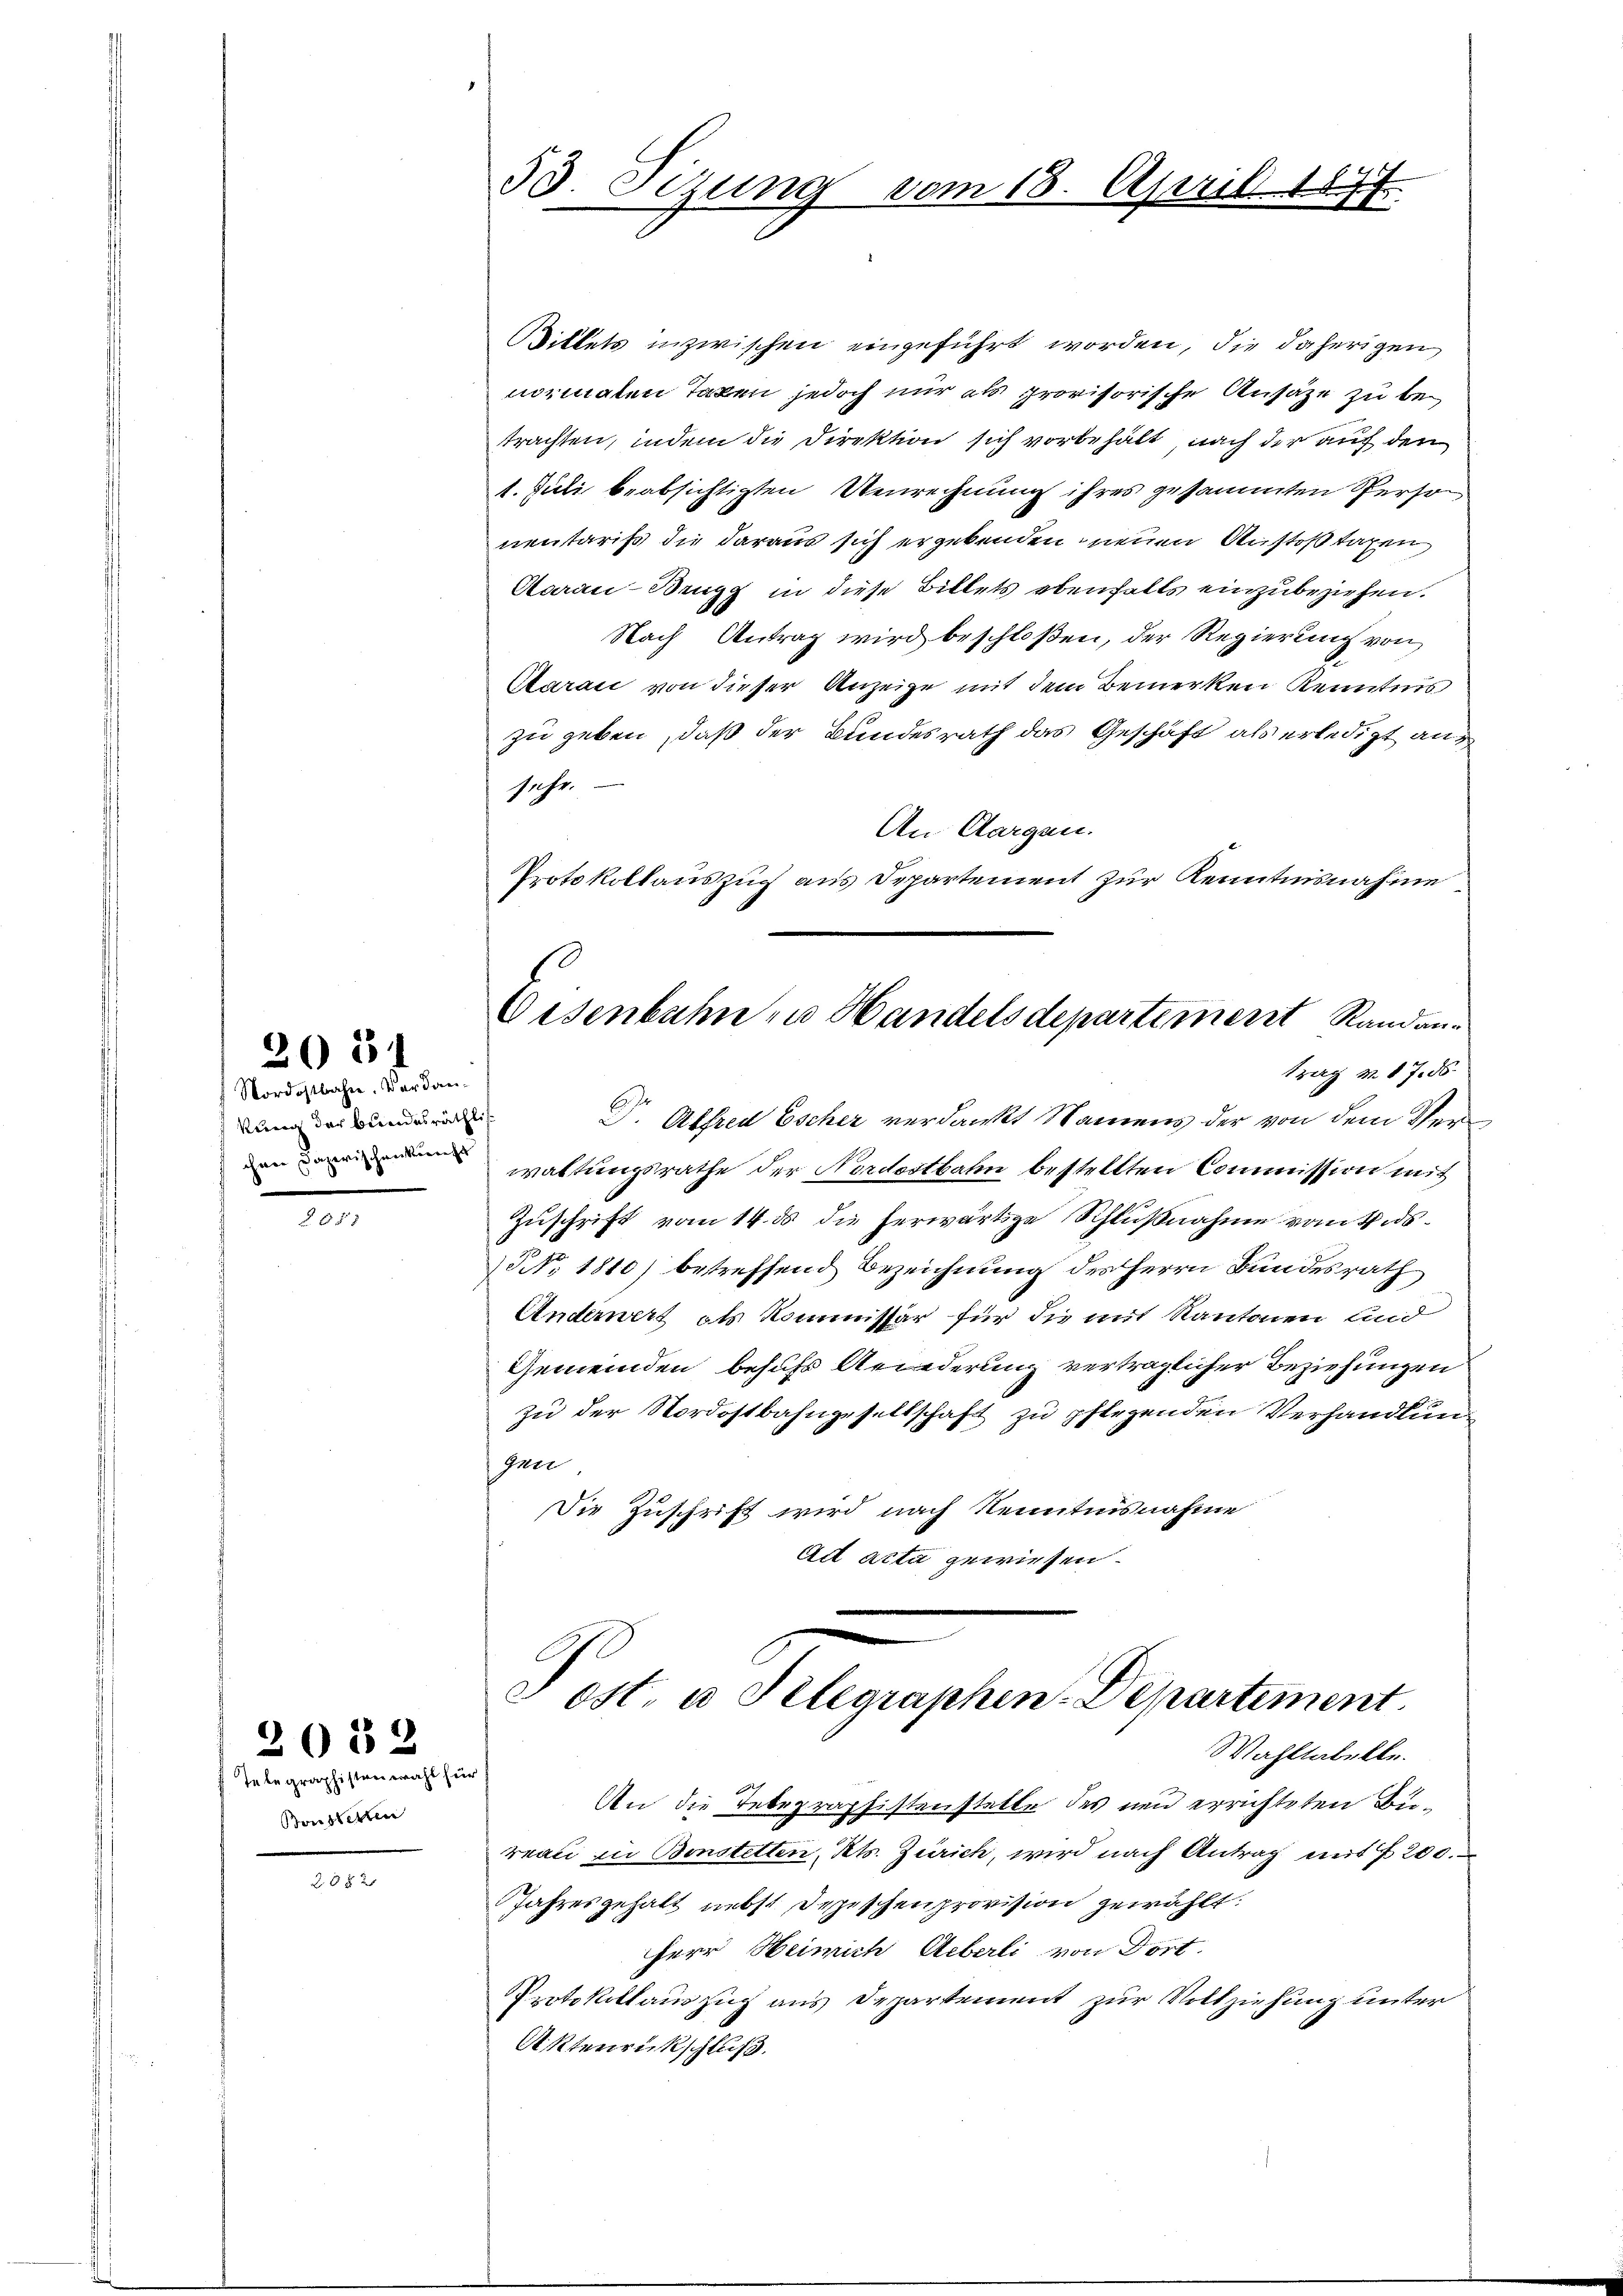
2051

Nordostbahre. Verdankung der bundesräthlich.

Telegraphistenwahl für
Bonderten

2052

21 x

Bittels inzwischen eingeführt worden, die daherigen
normaten Taxen jedoch nur als provisorische Ansäze zu betrachten, indem die Direktion sich vorbehält, nach der auf den
1. Juli beabsichtigten Verrechnung ihres gesammten Person
nentaris die daraus sich ergebenden neuen Anstoß tagen,
Aceau-Brugg in diese Billets ebenfalls einzubeziehen.
Nach Antrag wird beschloßen, der Regierung von
Aaraić von dieser Anzeige mit dem Bemerken Kenntnis
zu geben, daß der Bundesrath das Geschäft als erledigt auf
sehe.
An Aargau.
Protokollauszug aus Departement zur Kenntnisnahme.
Eisenbahn zu Handelsdepartement Randantrag v. 17. ds.
Dr. Alfred Escher verdankt Namens der von dem Verenwaltungsrathe der Nordostbahn bestellten Commission mit
Zuschrift vom 14. ds die herwärtige Schlußnahme vom Vids¬
NNo. 1810) betreffend Bezeichnung des Herrn Bundesrath
Anderwert als Kommissär für die mit Kantonen und
Gemeinden besuchs Ariederung verträglicher Beziehungen
zu der Nordostbahngesellschaft zu pflegenden Verhandlung
gen
Die Zuschrift wird nach Kenntnisnahme
Ad Acta gewiesen.

53 Sitzung vom 18. April 1844.
.

m
Post u. Telegraphen-Departement.
Wahltabelle.

An die Telegraphistenstelle des neu errichteten Büreau zu Bonstetten, Kts. Zürich, wird nach Antrag mit § 200.
Jahresgehalt nebst Depeschenprovision gewählt:
Herr Heimich Ueberli von Dort
Protokollauszug aus Departement zur Vollziehung unter
Aktenrückschluß.